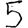
Digit: 5